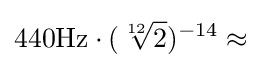
440{\rm {{Hz}\cdot ({\sqrt[{12}]{2}})^{-14}\approx }}